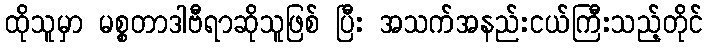
ထိုသူမှာ မစ္စတာဒါဗီရာဆိုသူဖြစ် ပြီး အသက်အနည်းငယ်ကြီးသည့်တိုင်